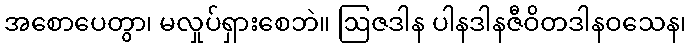
အစောပေတွာ၊ မလှုပ်ရှားစေဘဲ။ ဩဇဒါန ပါနဒါနဇီဝိတဒါနဝသေန၊